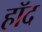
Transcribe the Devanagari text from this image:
हॉद